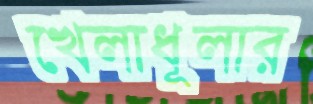
খেলাধূলার